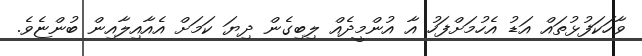
ވާހަކަފުޅުތައް އަޑު އެހުމަށްފަހު އާ އުންމީދެއް ލިބިގެން ދިޔަ ކަމަށް އެއާއިލާއިން ބުންޏެވެ.